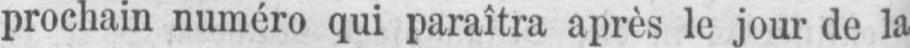
prochain numéro qui paraîtra après le jour de la